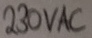
Text: 230VAC